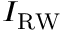
I _ { \mathrm { R W } }